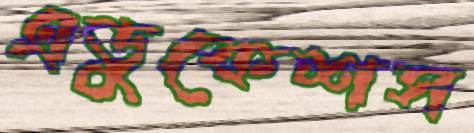
এডুকেশস